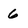
Character: 6